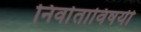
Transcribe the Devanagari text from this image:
निर्वाताविषयी